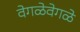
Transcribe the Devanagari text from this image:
वेगळेवेगळे